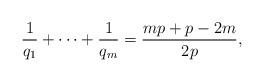
LaTeX: \begin{align*}\frac{1}{q_{1}}+\cdots +\frac{1}{q_{m}}=\frac{mp+p-2m}{2p}, \end{align*}